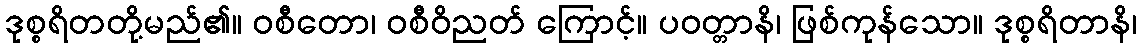
ဒုစ္စရိတတို့မည်၏။ ဝစီတော၊ ဝစီဝိညတ် ကြောင့်။ ပဝတ္တာနိ၊ ဖြစ်ကုန်သော။ ဒုစ္စရိတာနိ၊